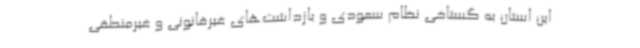
این استان به گستاخی نظام سعودی و بازداشت‌های غیرقانونی و غیرمنطقی